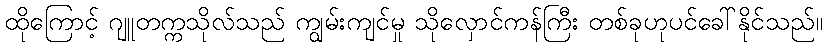
ထိုကြောင့် ဂျူတက္ကသိုလ်သည် ကျွမ်းကျင်မှု သိုလှောင်ကန်ကြီး တစ်ခုဟုပင်ခေါ်နိုင်သည်။